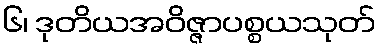
၆၊ ဒုတိယအဝိဇ္ဇာပစ္စယသုတ်